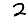
Digit: 2